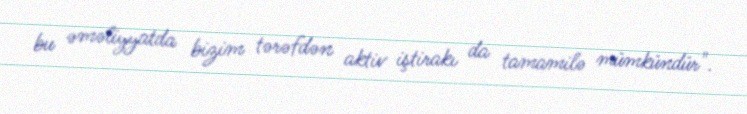
bu əməliyyatda bizim tərəfdən aktiv iştirakı da tamamilə mümkündür".